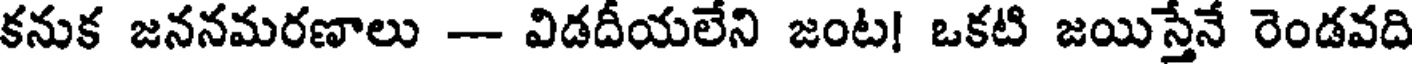
కనుక జననమరణాలు - విడదీయలేని జంట! ఒకటి జయిస్తేనే రెండవది